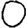
Digit: 0